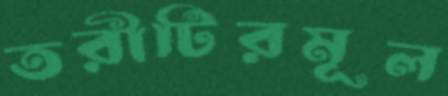
তরীটিরমূল